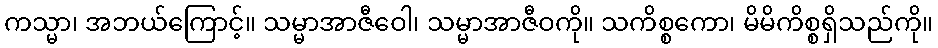
ကသ္မာ၊ အဘယ်ကြောင့်။ သမ္မာအာဇီဝေါ၊ သမ္မာအာဇီဝကို။ သကိစ္စကော၊ မိမိကိစ္စရှိသည်ကို။